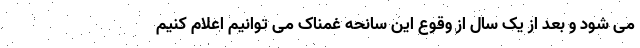
می شود و بعد از یک سال از وقوع این سانحه غمناک می توانیم اعلام کنیم